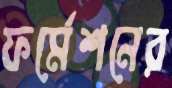
ফর্মেশনের